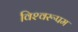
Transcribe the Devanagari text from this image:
विश्‍वरूपम